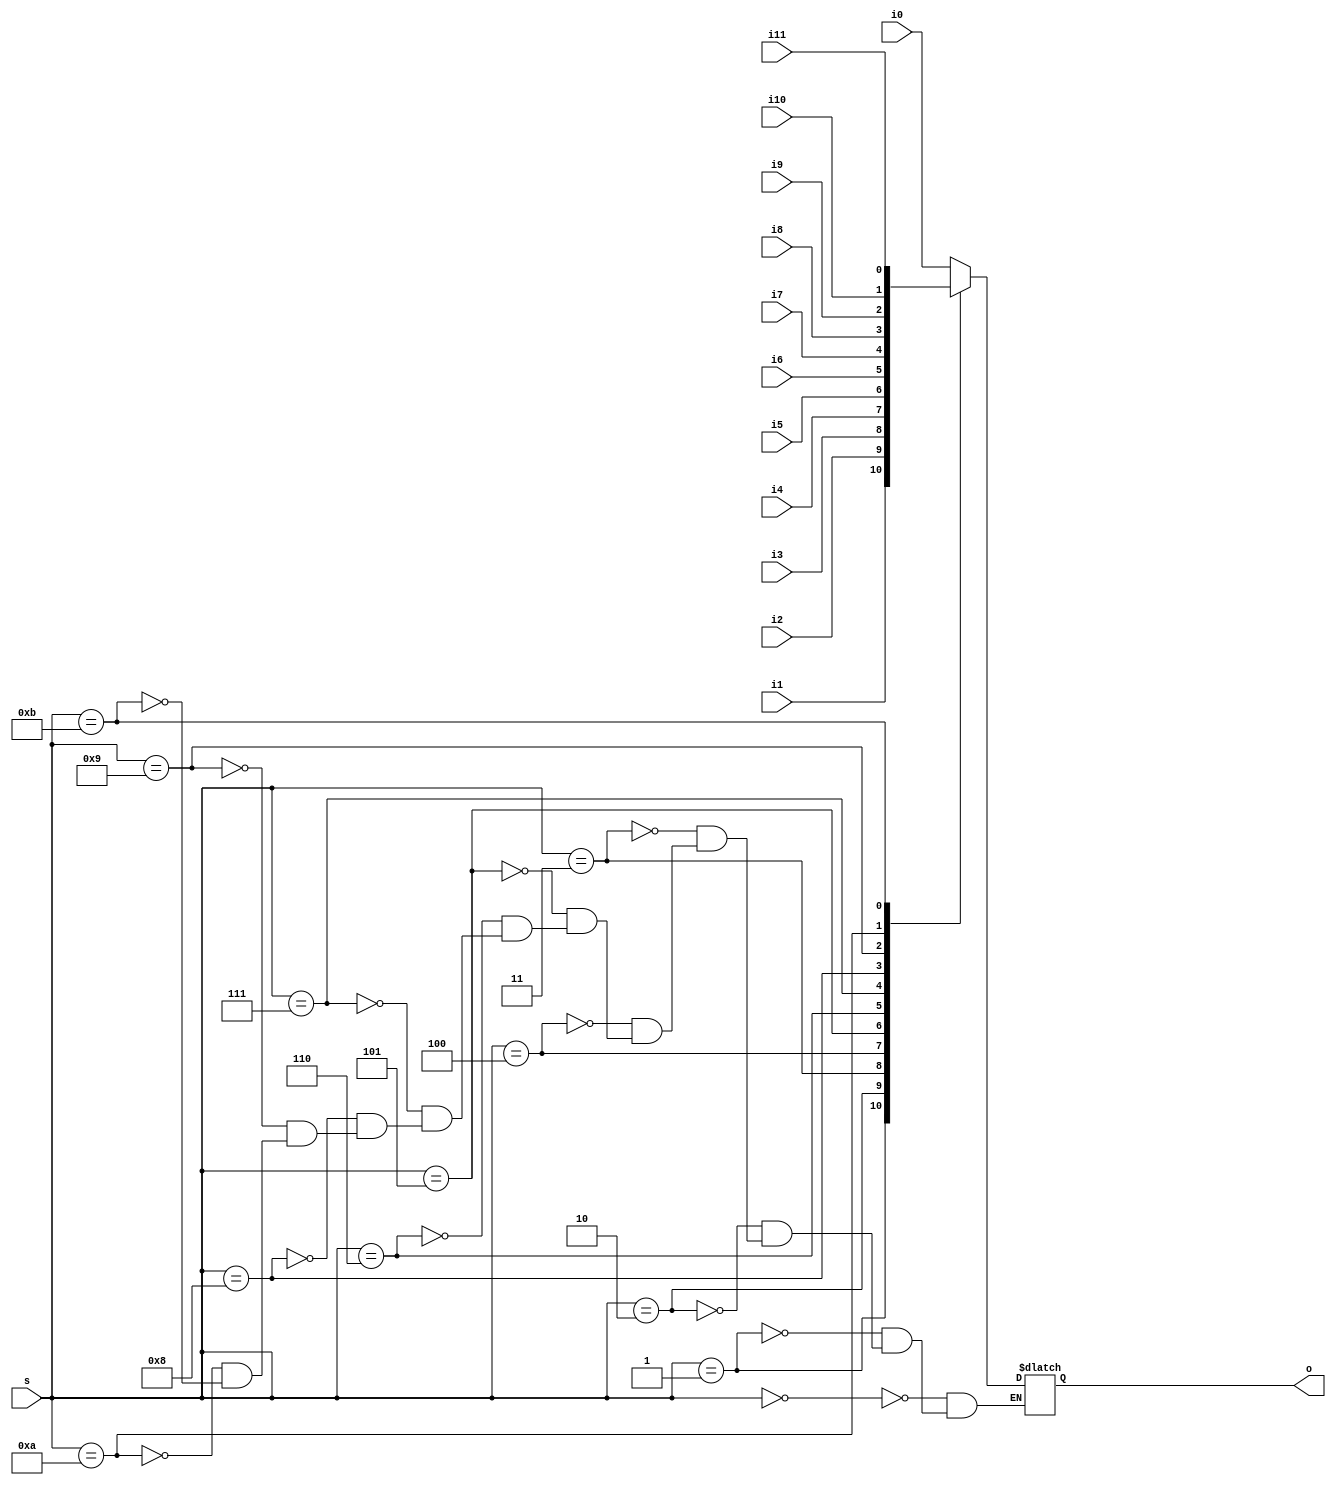
`timescale 1ns / 1ps
//////////////////////////////////////////////////////////////////////////////////
// Company: 
// Engineer: 
// 
// Design Name: 
// Module Name: Dahop_12dc
// Project Name: 
// Target Devices: 
// Tool Versions: 
// Description: 
// 
// Dependencies: 
// 
// Revision:
// Revision 0.01 - File Created
// Additional Comments:
// 
//////////////////////////////////////////////////////////////////////////////////


module Dahop_12dc(
    input   i0,i1,i2,i3,i4,i5,i6,i7,i8,i9,i10,i11,
    input   [3:0] s,
    output  o
    );
    
reg ot;
assign o = ot;
always @*
    case(s)
        0: ot = i0;
        1: ot = i1;
        2: ot = i2;
        3: ot = i3;
        4: ot = i4;
        5: ot = i5;
        6: ot = i6;
        7: ot = i7;
        8: ot = i8;
        9: ot = i9;
        10: ot = i10;
        11: ot = i11; 
    endcase
endmodule